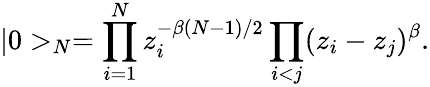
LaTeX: |0>_{N}=\prod_{i=1}^{N}z_{i}^{-\beta(N-1)/2}\prod_{i<j}(z_{i}-z_{j})^{\beta}.